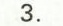
3.